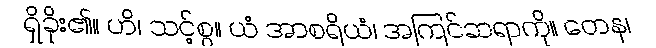
ရှိခိုး၏။ ဟိ၊ သင့်စွ။ ယံ အာစရိယံ၊ အကြင်ဆရာကို။ တေန၊